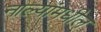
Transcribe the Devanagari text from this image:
नाल्यांमधील